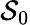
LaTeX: \mathcal{S}_{0}